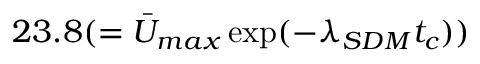
2 3 . 8 ( = \bar { U } _ { m a x } \exp ( - \lambda _ { S D M } t _ { c } ) )